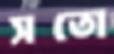
সতো